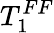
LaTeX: T_{1}^{FF}